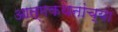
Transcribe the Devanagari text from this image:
आत्मकथनांच्या